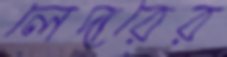
লেদারের